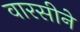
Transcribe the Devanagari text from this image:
वारसीने